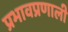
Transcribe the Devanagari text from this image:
प्रभावप्रणाली